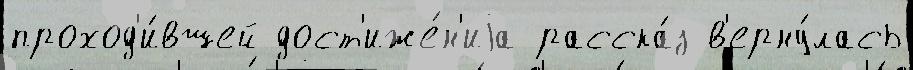
проход'и́вшей дост'иже́н'иjа расска́з в'ерну́лась